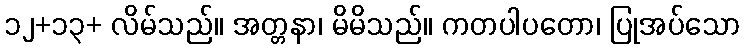
၁၂+၁၃+ လိမ်သည်။ အတ္တနာ၊ မိမိသည်။ ကတပါပတော၊ ပြုအပ်သော